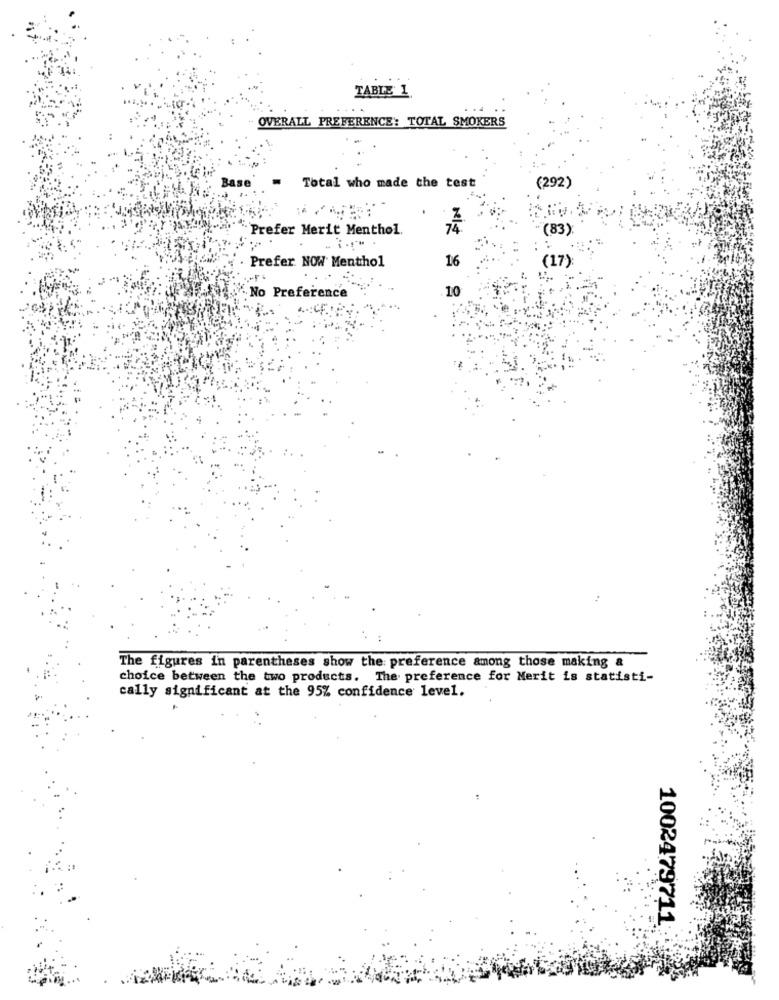
TABLE 1.
. . 4
OVERALL PREFERENCE: TOTAL SMOKERS
Base
Total who made the test
(292)
Prefer Merit Menthol.
(83)
Prefer NOW Menthol
16
(17)
-
No Preference
10
The figures in parentheses show the preference among those making &
choice between the two products. The preference for Merit is statisti-
cally significant at the 95% confidence level.
1002479711